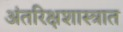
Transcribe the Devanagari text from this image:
अंतरिक्षशास्त्रात